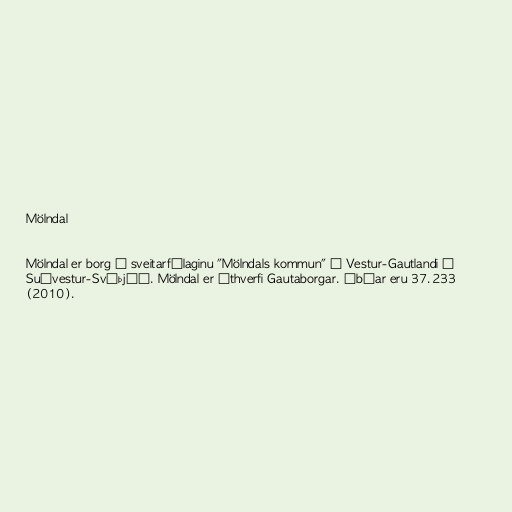
Mölndal

Mölndal er borg í sveitarfélaginu "Mölndals kommun" í Vestur-Gautlandi í
Suðvestur-Svíþjóð. Mölndal er úthverfi Gautaborgar. Íbúar eru 37.233
(2010).